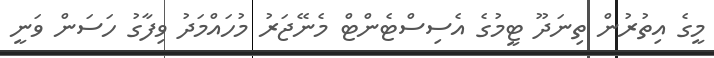
މީގެ އިތުރުން ތިނަދޫ ޓީމުގެ އެސިސްޓެންޓް މެނޭޖަރު މުހައްމަދު ވިފާގު ހަސަން ވަނީ